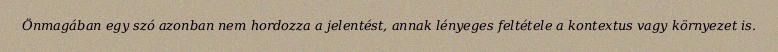
Önmagában egy szó azonban nem hordozza a jelentést, annak lényeges feltétele a kontextus vagy környezet is.